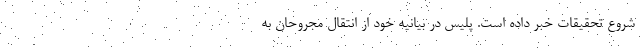
شروع تحقیقات خبر داده است. پلیس در بیانیه خود از انتقال مجروحان به